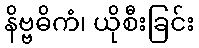
နိဗ္ဗဓိကံ၊ ယိုစီးခြင်း